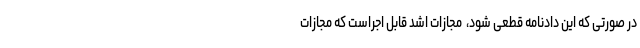
در صورتی که این دادنامه قطعی شود، ‌ مجازات اشد قابل اجراست که مجازات